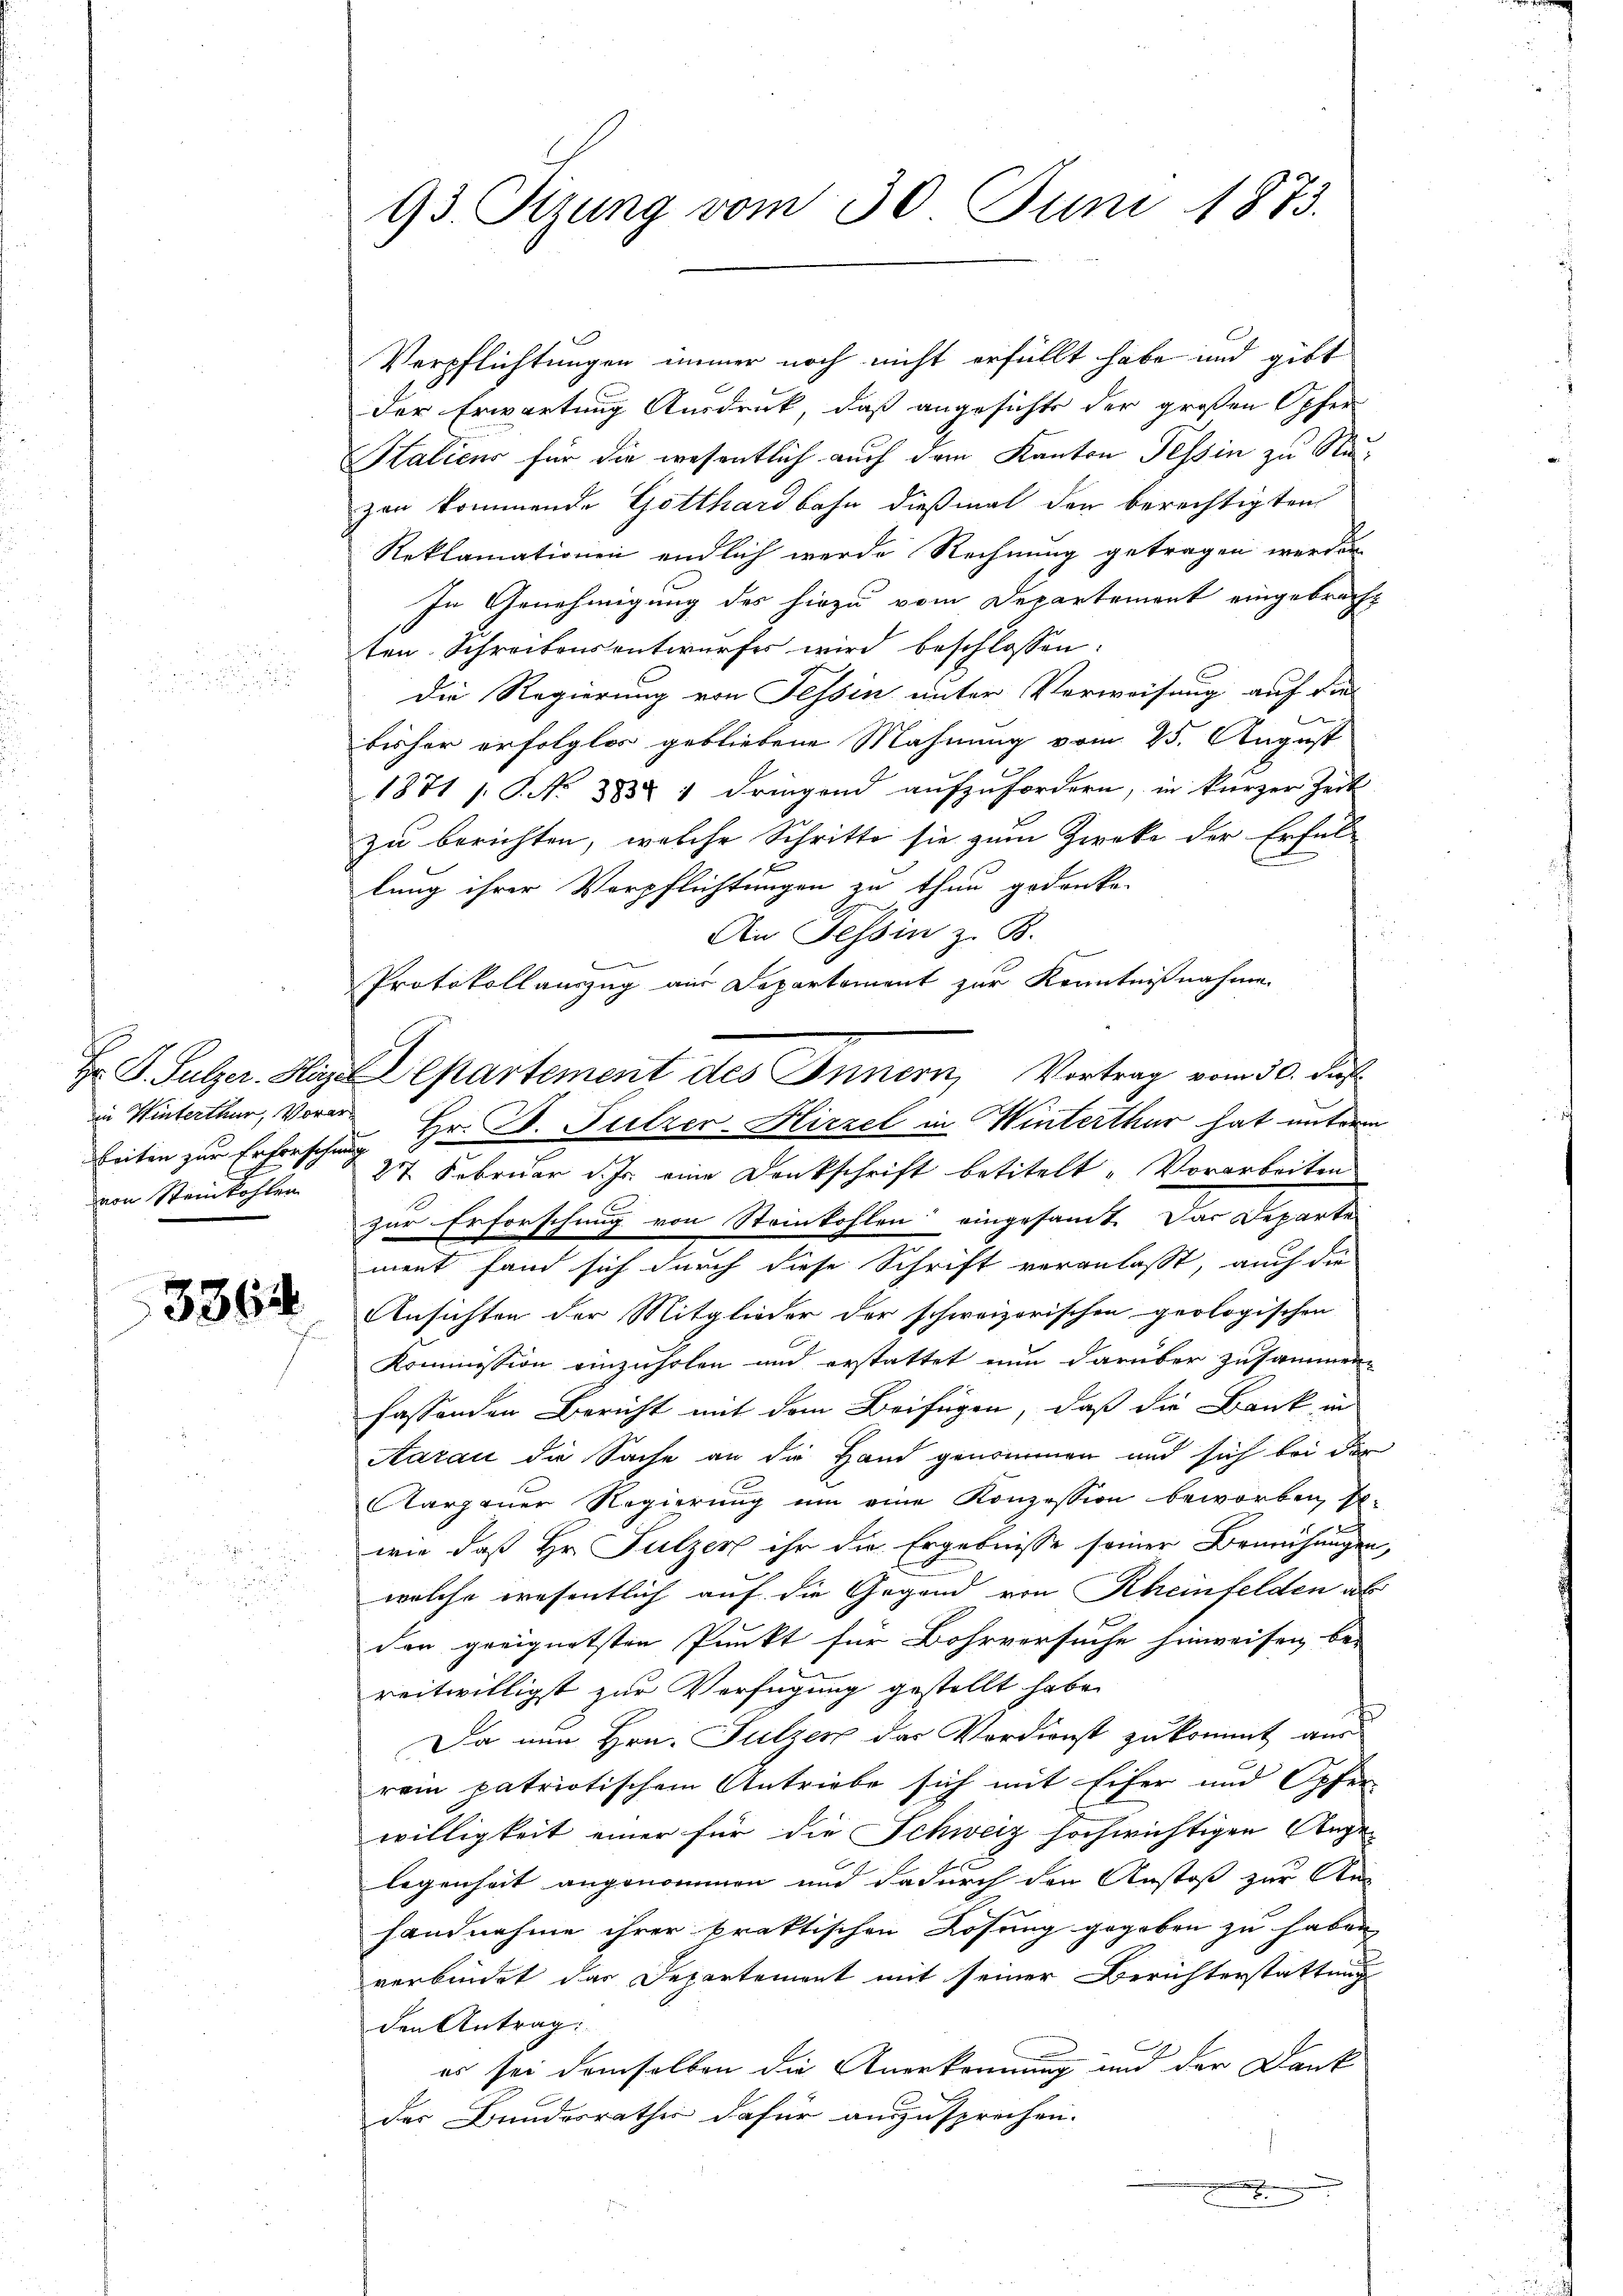
in Winterthur, Vorarvon Steinkohlen

3364

93. Sitzung vom 30. Juni 1873.

Verpflichtungen immer noch nicht erfüllt habe und gibt
der Erwartung Ausdruck, daß angesichte der großen Opfer
Halicus für die wesentlich auch dem Kanton Tessin zu Stuzen kommende Gotthardbahn dießmal den berechtigten
Reklamationen endlich werde Rechnung getragen werden
In Genehmigung des hiezu vom Departement eingebracht
ten Schreibensentwurfes wird beschlossen:
die Regierung von Tessin unter Verweisung auf die
bisher erfolglos gebliebene Mahnung vom 25. August
1871 s. S. Nr. 3838 n dringend aufzufordern, in kurzer Zeit
zu berichten, welche Schritte sie zum Zirke der Erfül
lung ihrer Verpflichtungen zu thun gedanken
An Tessin z. B.
Protokollauszug aus Departement zur Kenntnißnahme
Hr. P. Sulzer. Hie Departement des Innern, Vortrag vom 30. des
beiten zur Erforschung Hr. Dr. Sulzer-Hirzel in Winterthur hat unterm
27 Februar d. Js. eine Denkschrift betitelt „Vorarbeiten
zur Erforschung von Steinkohlen eingesamt. Das Departe
ment fand sich durch diese Schrift veranlasst, auch die
Ansichten der Mitglieder der schweizorischen geologischen
Kommission einzuholen und erstattet nun darüber zusammenfassenden Bericht mit dem Beifügen, daß die Bank in
Aarau die Sache an die Hand genommen und sich bei der
Aargauer Regierung um eine Konzession beworben, so-
.
wie daß Hr. Fulzer ihr die Ergebnisse seiner Bemühungen,
welche wesentlich auf die Gegend von Rheinfelden ab
den geeignetsten Punkt für Bohrversuche hinweisen, be-
reitwilligst zur Verfügung gestellt habe.
s
Da nun Hrn. Fulzer das Verdienst zu kommt aus
rein patriotischem Antriebe sich mit Eifer und Opfer-
willigkeit einer für die Schweiz hochwichtigen Ange-
legenheit angenommen und dadurch den Anstoß zur Ans
handnahme ihrer praktischen Lösung gegeben zu haben
verbindet das Departement mit seiner Berichterstattung
den Antrag:
es sei demselben die Anerkennung und der Dank
der Bundesrathes dafür auszusprechen.
x